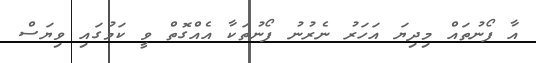
އާ ފޯނުތައް މިދިޔަ އަހަރު ނެރުނު ފޯނުތަކާ އެއްގޮތް ވީ ކަމުގައި ވިޔަސް